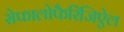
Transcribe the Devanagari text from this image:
सेफालोफैरिंजिऐल